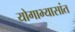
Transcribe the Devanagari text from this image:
योगाभ्यासांत